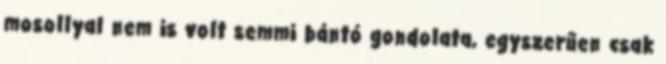
mosollyal nem is volt semmi bántó gondolata, egyszerűen csak